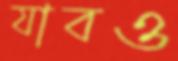
যাবও